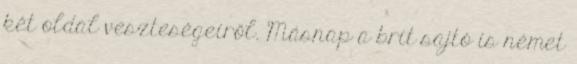
két oldal veszteségeiről. Másnap a brit sajtó is német